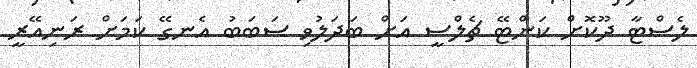
ލެސްޓާ ދޫކޮށް ކަންޓޭ ޗެލްސީ އަށް ބަދަލުވި ސަބަބު އެނގޭ ކަމަށް ރަނިއޭރީ